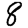
Digit: 8